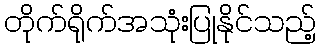
တိုက်ရိုက်အသုံးပြုနိုင်သည့်